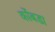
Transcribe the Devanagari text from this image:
कोंंबडा